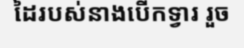
ដៃរបស់នាងបើកទ្វារ រួច